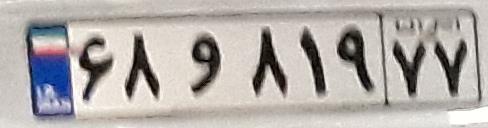
۶۸و۸۱۹۷۷